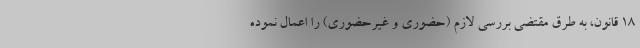
۱۸ قانون، به طرق مقتضی بررسی لازم (حضوری و غیرحضوری) را اعمال نموده